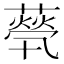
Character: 𦽓